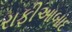
રાફીઆબાદ